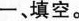
一、填空。